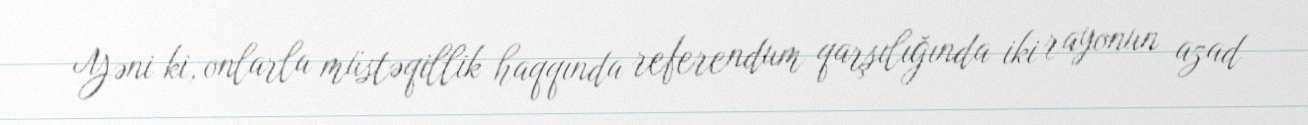
Yəni ki, onlarla müstəqillik haqqında referendum qarşılığında iki rayonun azad